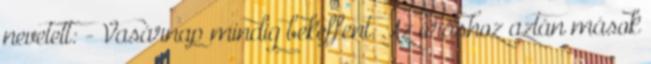
nevetett: - Vasárnap mindig bekeffent. Az óráshoz aztán mások